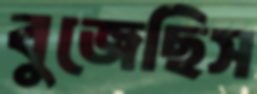
বুজেছিস